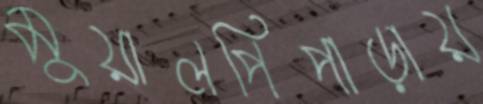
মুয়ালপিপাড়ায়